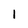
Character: 1